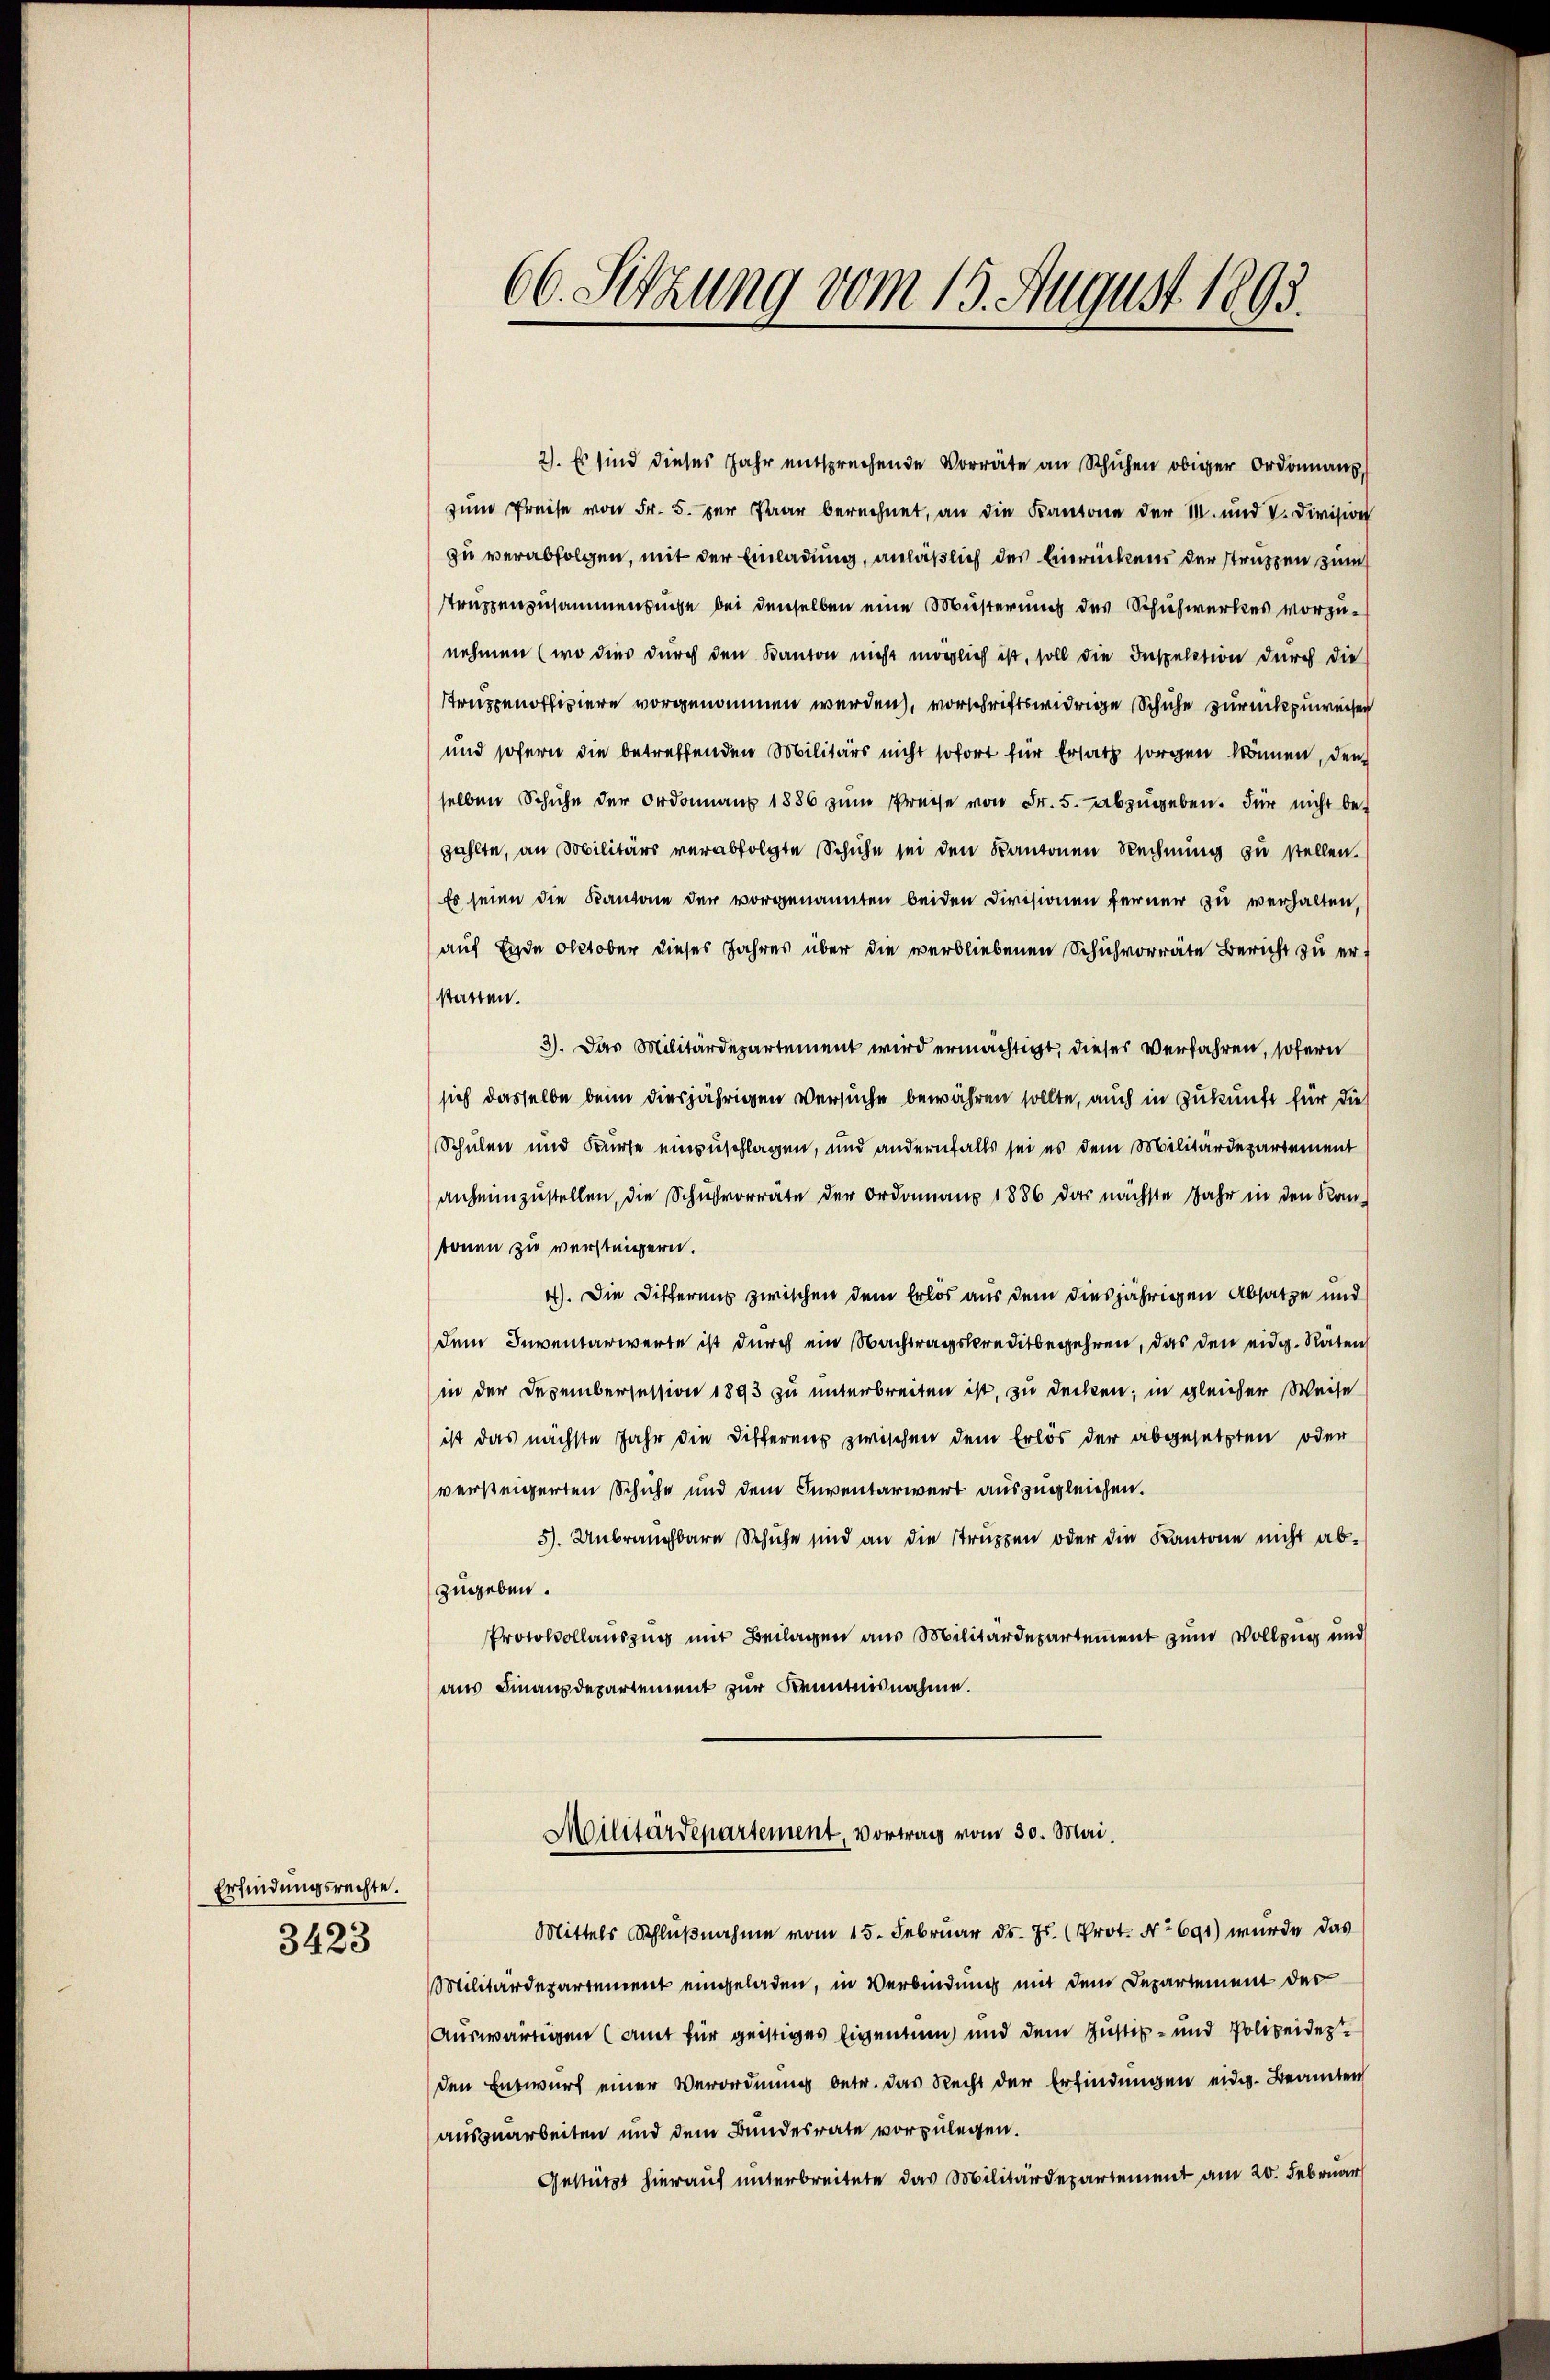
Erfindungsrechte.
3423

66. Sitzung vom 15. August 1893.

2). Es sind dieses Jahr entsprechende Vorräte an Schuhen obiger Ordonnaus,
zum Preise von Fr. 5. zur Paar berechnet, an die Kantone der II. und V. Division
zu verabfolgen, mit der Einladung, anläßlich des Einrückens der struppen zum
struppenzusammensuche bei denselben eine Musterung des Schichwerkes vorzunehmen (wo dies durch den Kanton nicht möglich ist, soll die Inspektion durch die
Truppenoffiziere vorgenommen werden, vorschriftswidrige Schuhe zurückzuweisen
und sofern die betreffenden Militärs nicht sofort für Ersatz sorgen können, den
selben Schuhe der Ordonnant 1886 zŭm Preise von Fr. 5. abzugeben. Für nicht bezahlte, an Militärs verabfolgte Schuhe sei den Kantonen Rechnung zu stellen.
Es seien die Kantone der vorgenannten beiden Divisionen ferner zu verhalten,
auf Ende October dieses Jahres über die verbliebenen Schulvorräte Bericht zu erstatten.
3). Das Militärdepartement wird ermächtigt, dieser Verfahren, sofern
sich dasselbe beim diesjährigen Versuche bewähren sollte, auch in Zukunft für die
Schulen und Fürte einzuschlagen, und andernfalls sei es dem Militärdepartement
anheimzustellen, die Schulvorräte der Ordonaus 1886 das nächste Jahr in den Kan-
tonen zu versteigern.
4). Die Differens zwischen dem Erlös aus dem diesjährigen Absatze und
dem Inventarwerte ist durch ein Nachtragskreditbegehren, das den eidg. Raten
in der Dezembersession 1893 zu unterbreiten ist, zu decken; in gleicher Weise
ist das nächste Jahr die Differenz zwischen dem Erlös der abgesetzten oder
versteigerten Schuhe und dem Inventarwert auszugleichen.
5). Unbrauchbare Schuhe sind an die Struppen oder die Kantone nicht abzugeben.
Protokollauszug mit Beilagen aus Militärdepartement zum Vollzug und
aus Finanzdepartement zur Kenntnisnahme.

Mittels Schlŭβnahme vom 15. Februar d. Js. (Prot. No 691) wurde das
Militärdepartement eingeladen, in Verbindung mit dem Departement der
Auswärtigen (amt für geistiges Eigentum und dem Justiz- und Polizeiderden Entwurf einer Verordnung betr. das Recht der Erfindungen eidg. Beamten
ausgearbeiten und dem Bundesrate vorzulegen.
Gestützt hierauf unterbreitete das Militärdepartement am 20. Februar

Militärdepartement, Vortrag vom 30. Mai.